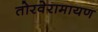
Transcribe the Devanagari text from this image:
तोरवेरामायण